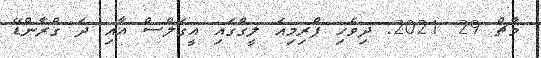
މާޗް 29 2021: ދިވެހި ޕްރިމިއަ ލީގްގައި އީގަލްސް އާއި ދަ ގްރާންޑޭ